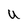
Character: U